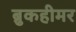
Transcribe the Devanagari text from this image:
ब्रुकहीमर